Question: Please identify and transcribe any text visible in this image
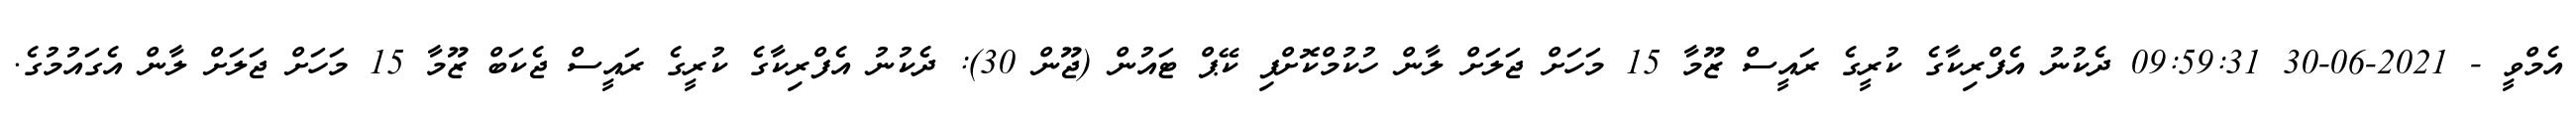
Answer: އެމްވީ - 2021-06-30 09:59:31 ދެކުނު އެފްރިކާގެ ކުރީގެ ރައީސް ޒޫމާ 15 މަހަށް ޖަލަށް ލާން ހުކުމްކޮށްފި ކޭޕް ޓައުން (ޖޫން 30): ދެކުނު އެފްރިކާގެ ކުރީގެ ރައީސް ޖެކަބް ޒޫމާ 15 މަހަށް ޖަލަށް ލާން އެގައުމުގެ.